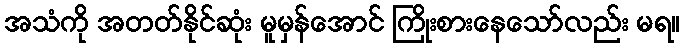
အသံကို အတတ်နိုင်ဆုံး မူမှန်အောင် ကြိုးစားနေသော်လည်း မရ။